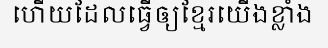
ហើយដែលធ្វើឲ្យខ្មែរយើងខ្លាំង